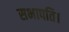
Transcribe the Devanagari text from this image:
सभापति।